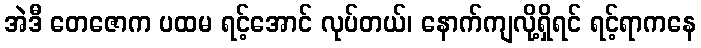
အဲဒီ တေဇောက ပထမ ရင့်အောင် လုပ်တယ်၊ နောက်ကျလို့ရှိရင် ရင့်ရာကနေ